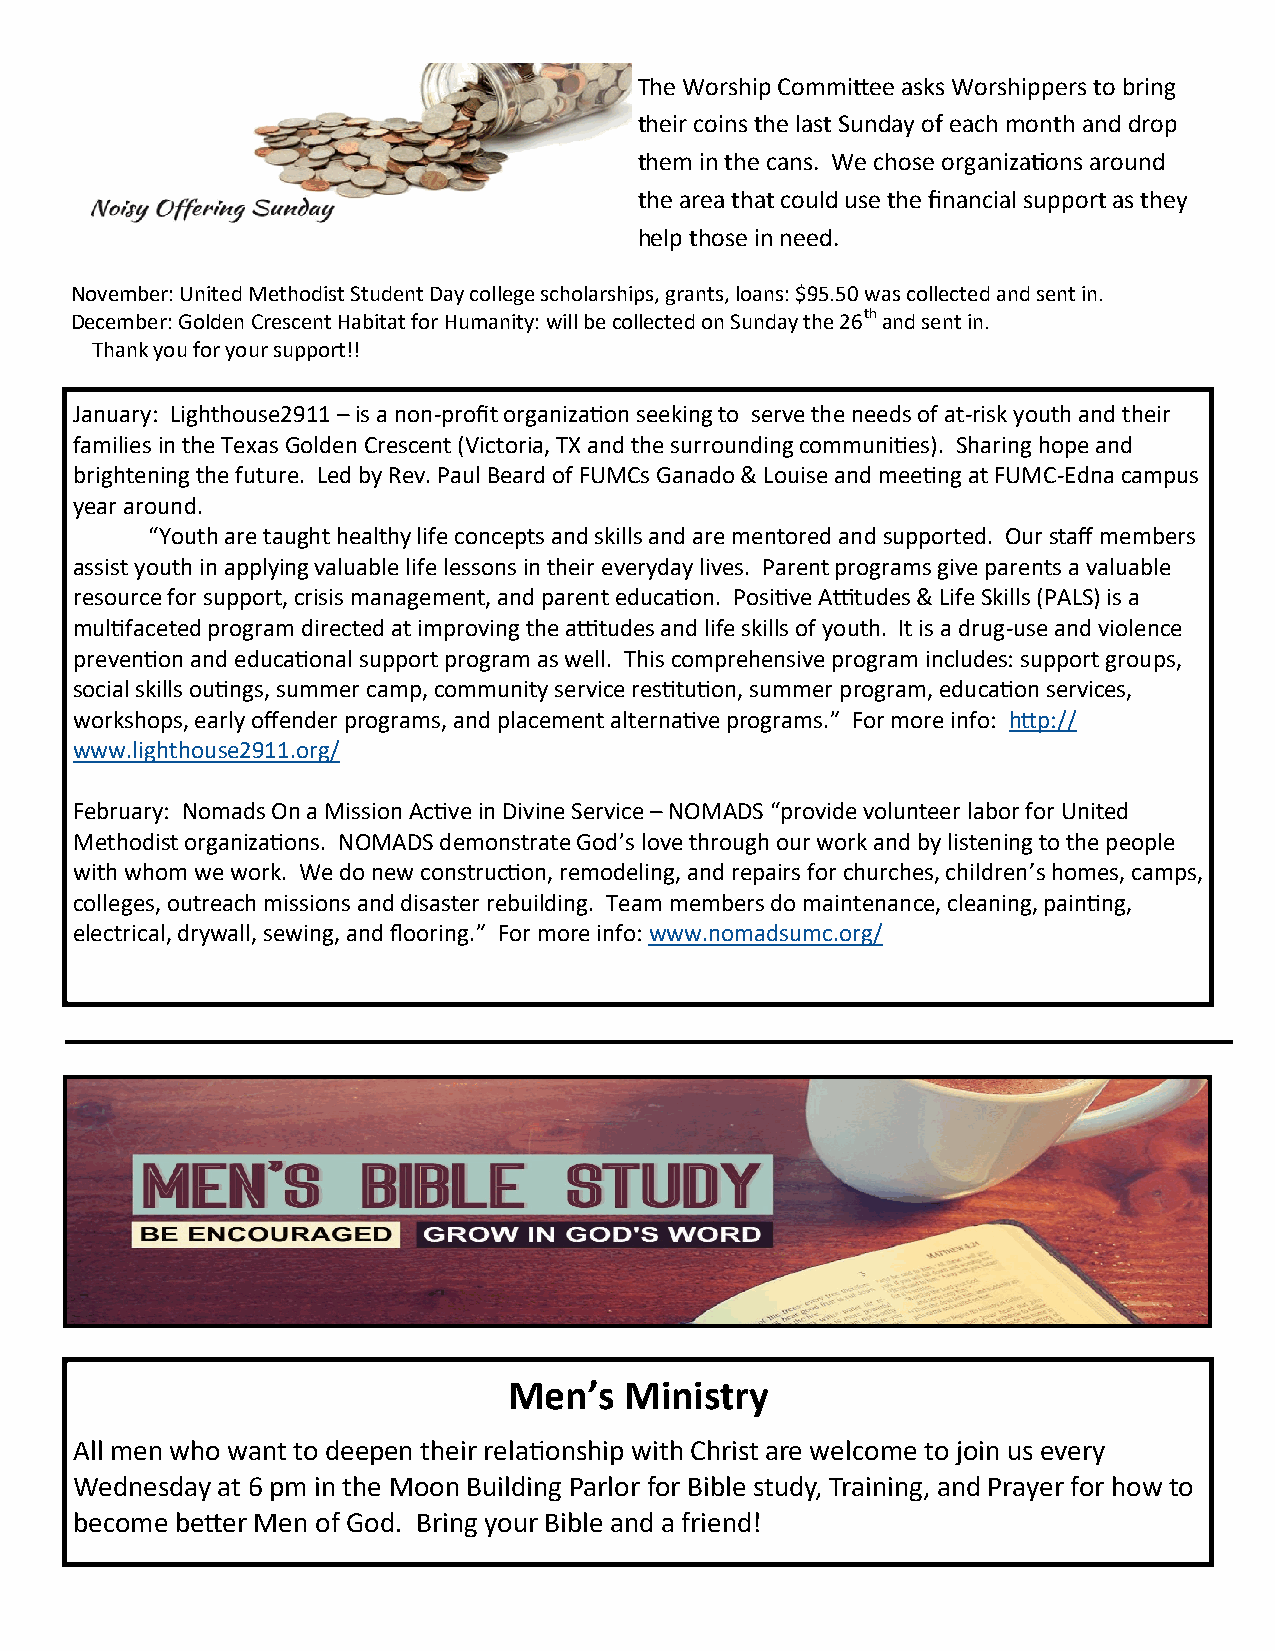
The Worship Committee asks Worshippers to bring
 their coins the last Sunday of each month and drop
 them in the cans. We chose organizations around
 the area that could use the financial support as they
 help those in need.
 November: United Methodist Student Day college scholarships, grants, loans: $95.50 was collected and sent in.
 December: Golden Crescent Habitat for Humanity: will be collected on Sunday the 26th and sent in.
 Thank you for your support!!
 January: Lighthouse2911 – is a non-profit organization seeking to serve the needs of at-risk youth and their
 families in the Texas Golden Crescent (Victoria, TX and the surrounding communities). Sharing hope and
 brightening the future. Led by Rev. Paul Beard of FUMCs Ganado & Louise and meeting at FUMC-Edna campus
 year around.
 “Youth are taught healthy life concepts and skills and are mentored and supported. Our staff members
 assist youth in applying valuable life lessons in their everyday lives. Parent programs give parents a valuable
 resource for support, crisis management, and parent education. Positive Attitudes & Life Skills (PALS) is a
 multifaceted program directed at improving the attitudes and life skills of youth. It is a drug-use and violence
 prevention and educational support program as well. This comprehensive program includes: support groups,
 social skills outings, summer camp, community service restitution, summer program, education services,
 workshops, early offender programs, and placement alternative programs.” For more info: http://
 www.lighthouse2911.org/
 February: Nomads On a Mission Active in Divine Service – NOMADS “provide volunteer labor for United
 Methodist organizations. NOMADS demonstrate God’s love through our work and by listening to the people
 with whom we work. We do new construction, remodeling, and repairs for churches, children’s homes, camps,
 colleges, outreach missions and disaster rebuilding. Team members do maintenance, cleaning, painting,
 electrical, drywall, sewing, and flooring.” For more info: www.nomadsumc.org/
 Men’s  Ministry
 All men who want to deepen their relationship with Christ are welcome to join us every
 Wednesday at 6 pm in the Moon Building Parlor for Bible study, Training, and Prayer for how to
 become better Men of God. Bring your Bible and a friend!